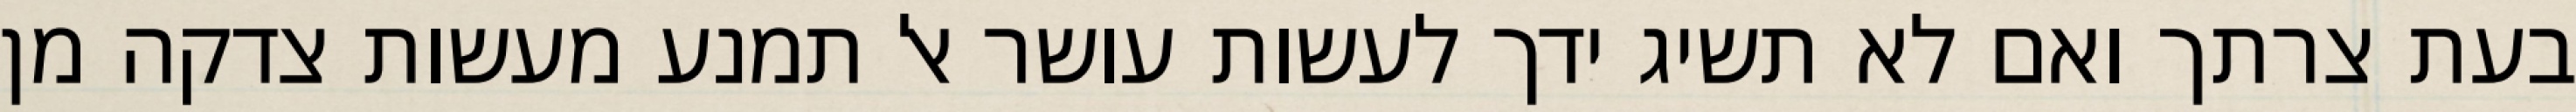
בעת צרתך ואם לא תשיג ידך לעשות עושר אל תמנע מעשות צדקה מן